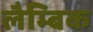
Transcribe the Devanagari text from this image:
लैम्बिक